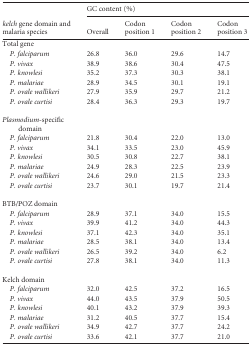
<table><thead><tr><td rowspan="2"><b><i>kelch</i> gene domain and malaria species</b></td><td colspan="4"><b>GC content (%)</b></td></tr><tr><td><b>Overall</b></td><td><b>Codon position 1</b></td><td><b>Codon position 2</b></td><td><b>Codon position 3</b></td></tr></thead><tbody><tr><td>Total gene</td><td></td><td></td><td></td><td></td></tr><tr><td>P. falciparum</td><td>26.8</td><td>36.0</td><td>29.6</td><td>14.7</td></tr><tr><td>P. vivax</td><td>38.9</td><td>38.6</td><td>30.4</td><td>47.5</td></tr><tr><td>P. knowlesi</td><td>35.2</td><td>37.3</td><td>30.3</td><td>38.1</td></tr><tr><td>P. malariae</td><td>28.9</td><td>34.5</td><td>30.1</td><td>19.1</td></tr><tr><td>P. ovale wallikeri</td><td>27.9</td><td>35.9</td><td>29.7</td><td>21.2</td></tr><tr><td>P. ovale curtisi</td><td>28.4</td><td>36.3</td><td>29.3</td><td>19.7</td></tr><tr><td>Plasmodium-specific domain</td><td></td><td></td><td></td><td></td></tr><tr><td>P. falciparum</td><td>21.8</td><td>30.4</td><td>22.0</td><td>13.0</td></tr><tr><td>P. vivax</td><td>34.1</td><td>33.5</td><td>23.0</td><td>45.9</td></tr><tr><td>P. knowlesi</td><td>30.5</td><td>30.8</td><td>22.7</td><td>38.1</td></tr><tr><td>P. malariae</td><td>24.9</td><td>28.3</td><td>22.5</td><td>23.9</td></tr><tr><td>P. ovale wallikeri</td><td>24.6</td><td>29.0</td><td>21.5</td><td>23.3</td></tr><tr><td>P. ovale curtisi</td><td>23.7</td><td>30.1</td><td>19.7</td><td>21.4</td></tr><tr><td>BTB/POZ domain</td><td></td><td></td><td></td><td></td></tr><tr><td>P. falciparum</td><td>28.9</td><td>37.1</td><td>34.0</td><td>15.5</td></tr><tr><td>P. vivax</td><td>39.9</td><td>41.2</td><td>34.0</td><td>44.3</td></tr><tr><td>P. knowlesi</td><td>37.1</td><td>42.3</td><td>34.0</td><td>35.1</td></tr><tr><td>P. malariae</td><td>28.5</td><td>38.1</td><td>34.0</td><td>13.4</td></tr><tr><td>P. ovale wallikeri</td><td>26.5</td><td>39.2</td><td>34.0</td><td>6.2</td></tr><tr><td>P. ovale curtisi</td><td>27.8</td><td>38.1</td><td>34.0</td><td>11.3</td></tr><tr><td>Kelch domain</td><td></td><td></td><td></td><td></td></tr><tr><td>P. falciparum</td><td>32.0</td><td>42.5</td><td>37.2</td><td>16.5</td></tr><tr><td>P. vivax</td><td>44.0</td><td>43.5</td><td>37.9</td><td>50.5</td></tr><tr><td>P. knowlesi</td><td>40.1</td><td>43.2</td><td>37.9</td><td>39.3</td></tr><tr><td>P. malariae</td><td>31.2</td><td>40.5</td><td>37.7</td><td>15.4</td></tr><tr><td>P. ovale wallikeri</td><td>34.9</td><td>42.7</td><td>37.7</td><td>24.2</td></tr><tr><td>P. ovale curtisi</td><td>33.6</td><td>42.1</td><td>37.7</td><td>21.0</td></tr></tbody></table>